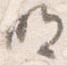
明